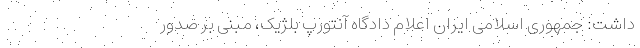
داشت: جمهوری اسلامی ایران اعلام دادگاه آنتورپ بلژیک، مبنی بر صدور